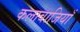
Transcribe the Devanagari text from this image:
कलाबाजियाँ